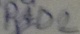
Text: PAD2